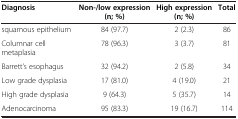
| Diagnosis | Non-/low expression (n; %) | High expression (n; %) | Total |
 | --- | --- | --- | --- |
 | squamous epithelium | 84 (97.7) | 2 (2.3) | 86 |
 | Columnar cell metaplasia | 78 (96.3) | 3 (3.7) | 81 |
 | Barrett’s esophagus | 32 (94.2) | 2 (5.8) | 34 |
 | Low grade dysplasia | 17 (81.0) | 4 (19.0) | 21 |
 | High grade dysplasia | 9 (64.3) | 5 (35.7) | 14 |
 | Adenocarcinoma | 95 (83.3) | 19 (16.7) | 114 |